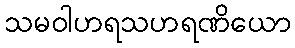
သမဝါဟရသဟရဏိယော